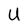
Character: U